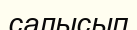
салысып